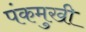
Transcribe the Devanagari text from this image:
पंकमुखी